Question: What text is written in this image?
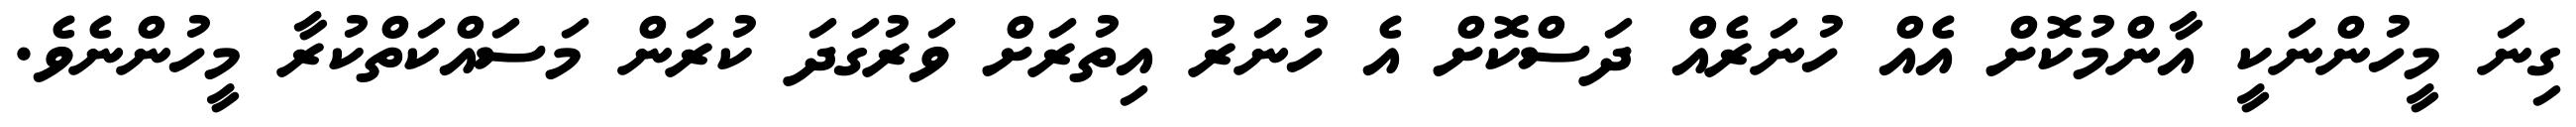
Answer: ގިނަ މީހުންނަކީ އާންމުކޮށް އެއް ހުނަރެއް ދަސްކޮށް އެ ހުނަރު އިތުރަށް ވަރުގަދަ ކުރަން މަސައްކަތްކުރާ މީހުންނެވެ.